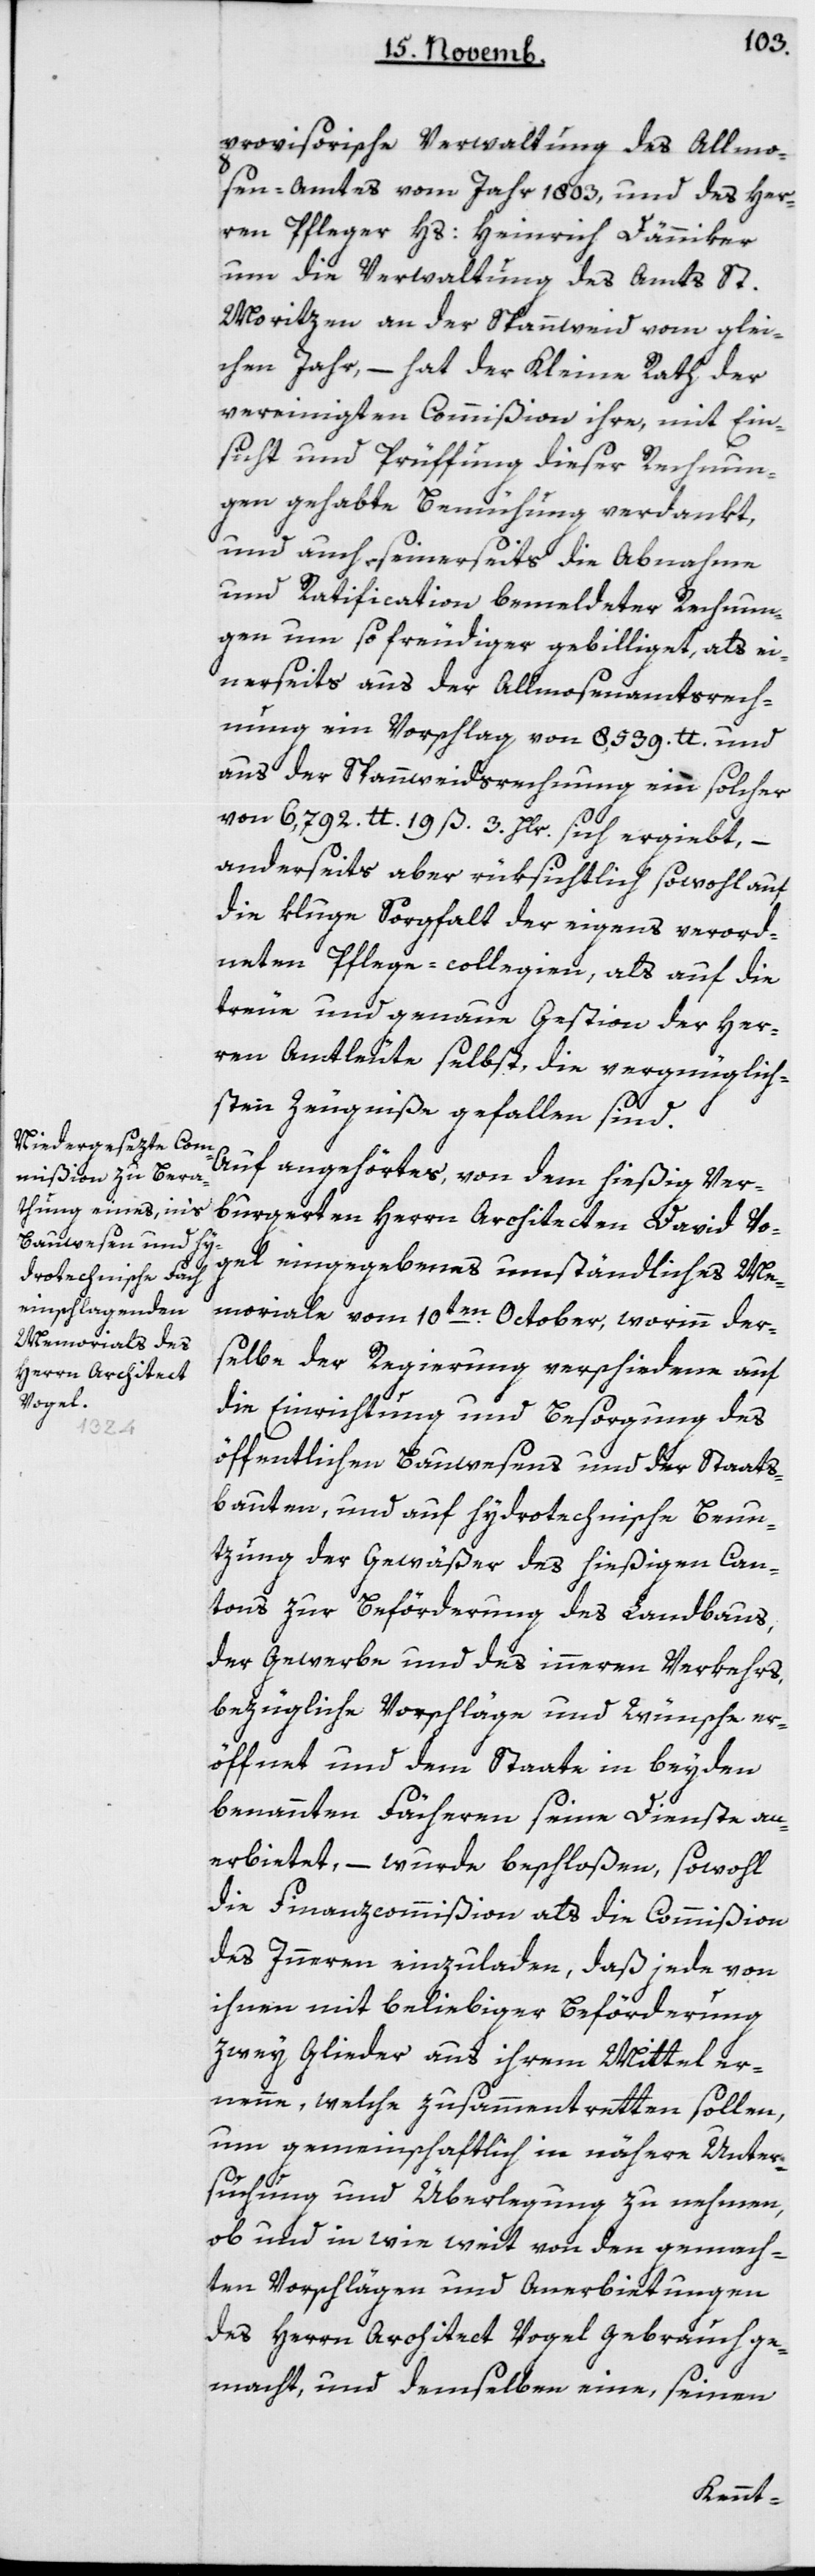
provisorische Verwaltung des Allmo¬
sen-Amtes vom Jahr 1803 und des Her¬
ren Pfleger Hs. Heinrich Dänniker,
um die Verwaltung des Amts St.
Morizen an der Spannweid vom glei¬
chen Jahr, – hat der Kleine Rath der
vereinigten Commißion ihre, mit Ein¬
sicht und Prüffung dieser Rechnun¬
gen gehabte Bemühung verdankt,
und auch seinerseits die Abnahme
und Ratification bemeldter Rechnun¬
gen um so freudiger gebilliget, als ei¬
nerseits aus der Allmosen-Amtsrech¬
nung ein Vorschlag von 8'539 Pfund und
aus der Spanweids-Rechnung ein solcher
von 6'792 Pfund 19 ß 3 Hlr. sich ergiebt, –
anderseits aber rüksichtlich sowohl auf
die kluge Sorgfalt der eigens verord¬
neten Pflege-collegien, als auf die
treue und genaue Gestion der Her¬
ren Amtleute selbst, die vergnüglich¬
sten Zeugniße gefallen sind.
Auf angehörtes, von dem hießig ver¬
burgerten Herrn Architecten David Vo¬
gel eingegebenes umständliches Me¬
moriale vom 10ten October, worinn der¬
selbe der Regierung verschiedene auf
die Einrichtung und Besorgung des
öffentlichen Bauwesens und der Staats¬
bauten, und auf hydrotechnische Benu¬
tzung der Gewäßer des hießigen Can¬
tons zur Beförderung des Landbaus,
der Gewerbe und des inneren Verkehrs,
bezügliche Vorschläge und Wünsche er¬
öffnet und dem Staate in beyden
benannten Fächeren seine Dienste an¬
erbietet, – wurde beschloßen, sowohl
die Finanzcommißion als die Commißion
des Innern einzuladen, daß jede von
ihnen mit beliebiger Beförderung
zwey Glieder aus ihrem Mittel er¬
nenne, welche zusammentretten sollen,
um gemeinschaftlich in nähere Unter¬
suchung und Überlegung zu nehmen,
ob und in wie weit von den gemach¬
ten Vorschlägen und Anerbietungen
des Herrn Architect Vogel Gebrauch ge¬
macht, und demselben eine, seinen